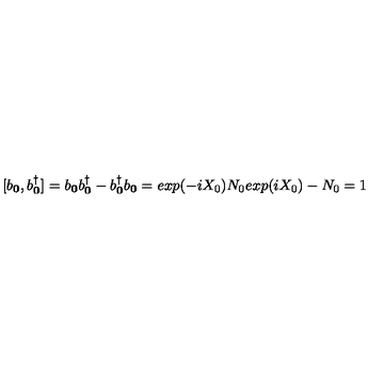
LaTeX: [ b _ { { \bf { 0 } } } , b _ { { \bf { 0 } } } ^ { \dagger } ] = b _ { { \bf { 0 } } } b _ { { \bf { 0 } } } ^ { \dagger } - b _ { { \bf { 0 } } } ^ { \dagger } b _ { { \bf { 0 } } } = e x p ( - i \mathrm { } X _ { 0 } ) \mathrm { } N _ { 0 } \mathrm { } e x p ( i \mathrm { } X _ { 0 } ) - N _ { 0 } = 1